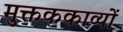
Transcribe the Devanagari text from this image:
मुक्तककाव्यों